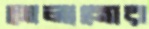
মেলানোর